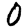
Digit: 0